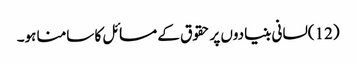
(12)لسانی بنیادوں پر حقوق کے مسائل کا سامنا ہو۔